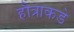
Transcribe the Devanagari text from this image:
हौत्राकडे